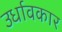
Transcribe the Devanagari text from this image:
उर्धावकार